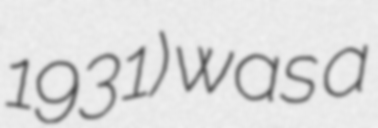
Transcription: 1931) was a